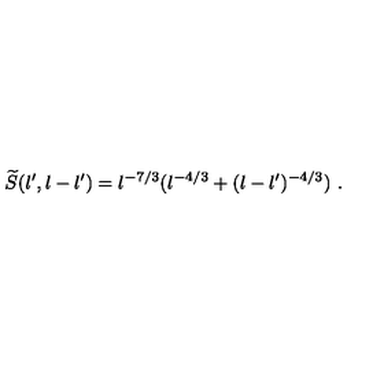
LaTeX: \widetilde { S } ( l ^ { \prime } , l - l ^ { \prime } ) = l ^ { - 7 / 3 } ( l ^ { - 4 / 3 } + ( l - l ^ { \prime } ) ^ { - 4 / 3 } ) \ .